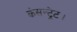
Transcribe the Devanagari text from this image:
कंसन्ट्रेट।